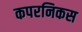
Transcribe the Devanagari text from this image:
कपरनिकस